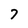
Character: 7